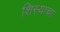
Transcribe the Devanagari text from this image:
शिस्याचा